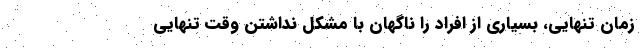
زمان تنهایی، بسیاری از افراد را ناگهان با مشکلِ نداشتن وقتِ تنهایی